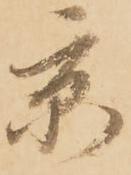
京